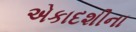
એકાદશીના